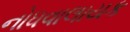
નોધવાલાયક